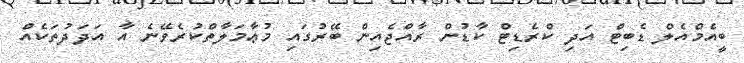
ބީއެމްއެލް ޑެބިޓް އަދި ކްރެޑިޓް ކާޑުން ރާއްޖެއިން ބޭރުގައި މުޢާމަލާތްކުރެވޭނެ އާ އަދަދުތަކެއް